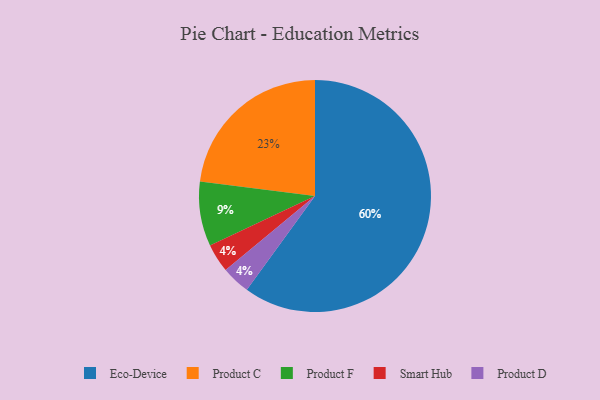
{"axis": {"x": "Category", "y": "Percentage"}, "legend": ["Eco-Device", "Product C", "Product D", "Product F", "Smart Hub"], "data": [{"x": "Product F", "y": 9, "type": "Product F"}, {"x": "Smart Hub", "y": 4, "type": "Smart Hub"}, {"x": "Eco-Device", "y": 60, "type": "Eco-Device"}, {"x": "Product C", "y": 23, "type": "Product C"}, {"x": "Product D", "y": 4, "type": "Product D"}]}